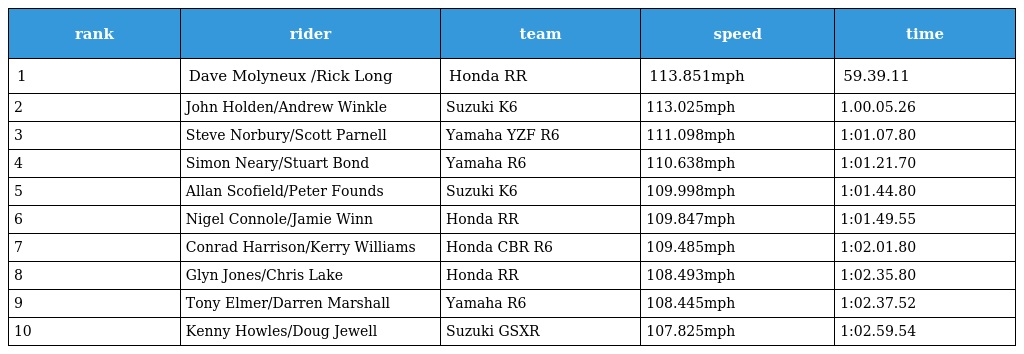
| rank | rider | team | speed | time |
 | --- | --- | --- | --- | --- |
 | 1 | Dave Molyneux /Rick Long | Honda RR | 113.851mph | 59.39.11 |
 | 2 | John Holden/Andrew Winkle | Suzuki K6 | 113.025mph | 1.00.05.26 |
 | 3 | Steve Norbury/Scott Parnell | Yamaha YZF R6 | 111.098mph | 1:01.07.80 |
 | 4 | Simon Neary/Stuart Bond | Yamaha R6 | 110.638mph | 1:01.21.70 |
 | 5 | Allan Scofield/Peter Founds | Suzuki K6 | 109.998mph | 1:01.44.80 |
 | 6 | Nigel Connole/Jamie Winn | Honda RR | 109.847mph | 1:01.49.55 |
 | 7 | Conrad Harrison/Kerry Williams | Honda CBR R6 | 109.485mph | 1:02.01.80 |
 | 8 | Glyn Jones/Chris Lake | Honda RR | 108.493mph | 1:02.35.80 |
 | 9 | Tony Elmer/Darren Marshall | Yamaha R6 | 108.445mph | 1:02.37.52 |
 | 10 | Kenny Howles/Doug Jewell | Suzuki GSXR | 107.825mph | 1:02.59.54 |